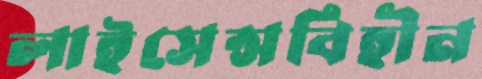
লাইসেন্সবিহীন